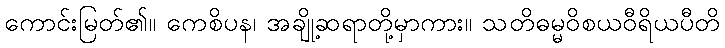
ကောင်းမြတ်၏။ ကေစိပန၊ အချို့ဆရာတို့မှာကား။ သတိဓမ္မဝိစယဝီရိယပီတိ